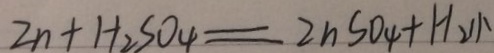
Z n + H _ { 2 } S O _ { 4 } = Z n S O _ { 4 } + H _ { 2 } \uparrow